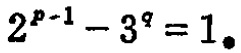
\(2^{p - 1} - 3^{q} = 1\)